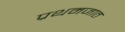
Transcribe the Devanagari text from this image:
प्रथमजात